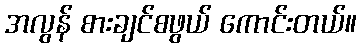
အလွန် စားချင်စဖွယ် ကောင်းတယ်။